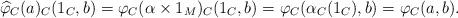
LaTeX: \begin{align*}\widehat{\varphi}_C(a)_C(1_C,b) = \varphi_C(\alpha \times 1_M)_C(1_C,b) = \varphi_C(\alpha_C(1_C) ,b) = \varphi_C(a,b).\end{align*}